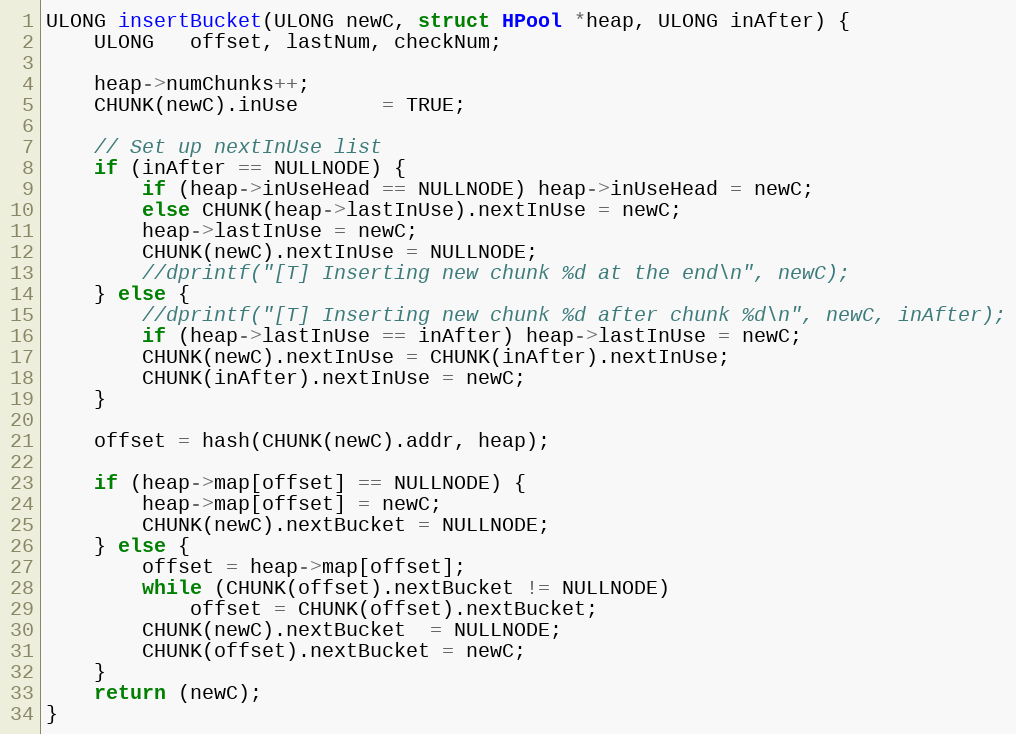
Language: C++
ULONG insertBucket(ULONG newC, struct HPool *heap, ULONG inAfter) {
    ULONG   offset, lastNum, checkNum;

    heap->numChunks++;
    CHUNK(newC).inUse       = TRUE;

    // Set up nextInUse list
	if (inAfter == NULLNODE) {
		if (heap->inUseHead == NULLNODE) heap->inUseHead = newC;
		else CHUNK(heap->lastInUse).nextInUse = newC;
		heap->lastInUse = newC;
		CHUNK(newC).nextInUse = NULLNODE;
		//dprintf("[T] Inserting new chunk %d at the end\n", newC);
	} else {
		//dprintf("[T] Inserting new chunk %d after chunk %d\n", newC, inAfter);
		if (heap->lastInUse == inAfter) heap->lastInUse = newC;
		CHUNK(newC).nextInUse = CHUNK(inAfter).nextInUse;
		CHUNK(inAfter).nextInUse = newC;
	}

    offset = hash(CHUNK(newC).addr, heap);

    if (heap->map[offset] == NULLNODE) {
        heap->map[offset] = newC;
        CHUNK(newC).nextBucket = NULLNODE;
    } else {
        offset = heap->map[offset];
        while (CHUNK(offset).nextBucket != NULLNODE)
            offset = CHUNK(offset).nextBucket;
        CHUNK(newC).nextBucket  = NULLNODE;
        CHUNK(offset).nextBucket = newC;
    }
    return (newC);
}